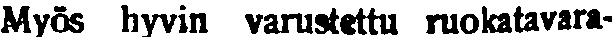
Myös hyvin varustettu ruokatavara-